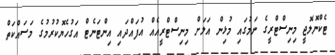
ޓެކްނޮލޮޖީ މިނިސްޓްރީގެ ނަމުގައި މުޅިން އަލަށް މިނިސްޓްރީއެއް އުފައްދައި އިންޓަނެޓް އަގުހެޔޮކުރުމުގެ މަސައްކަތް